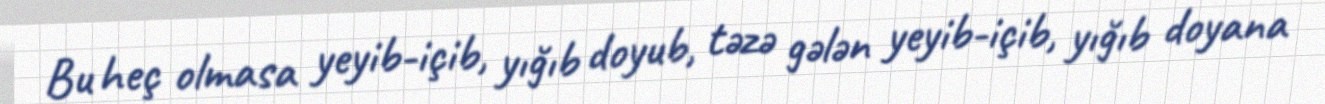
Bu heç olmasa yeyib-içib, yığıb doyub, təzə gələn yeyib-içib, yığıb doyana